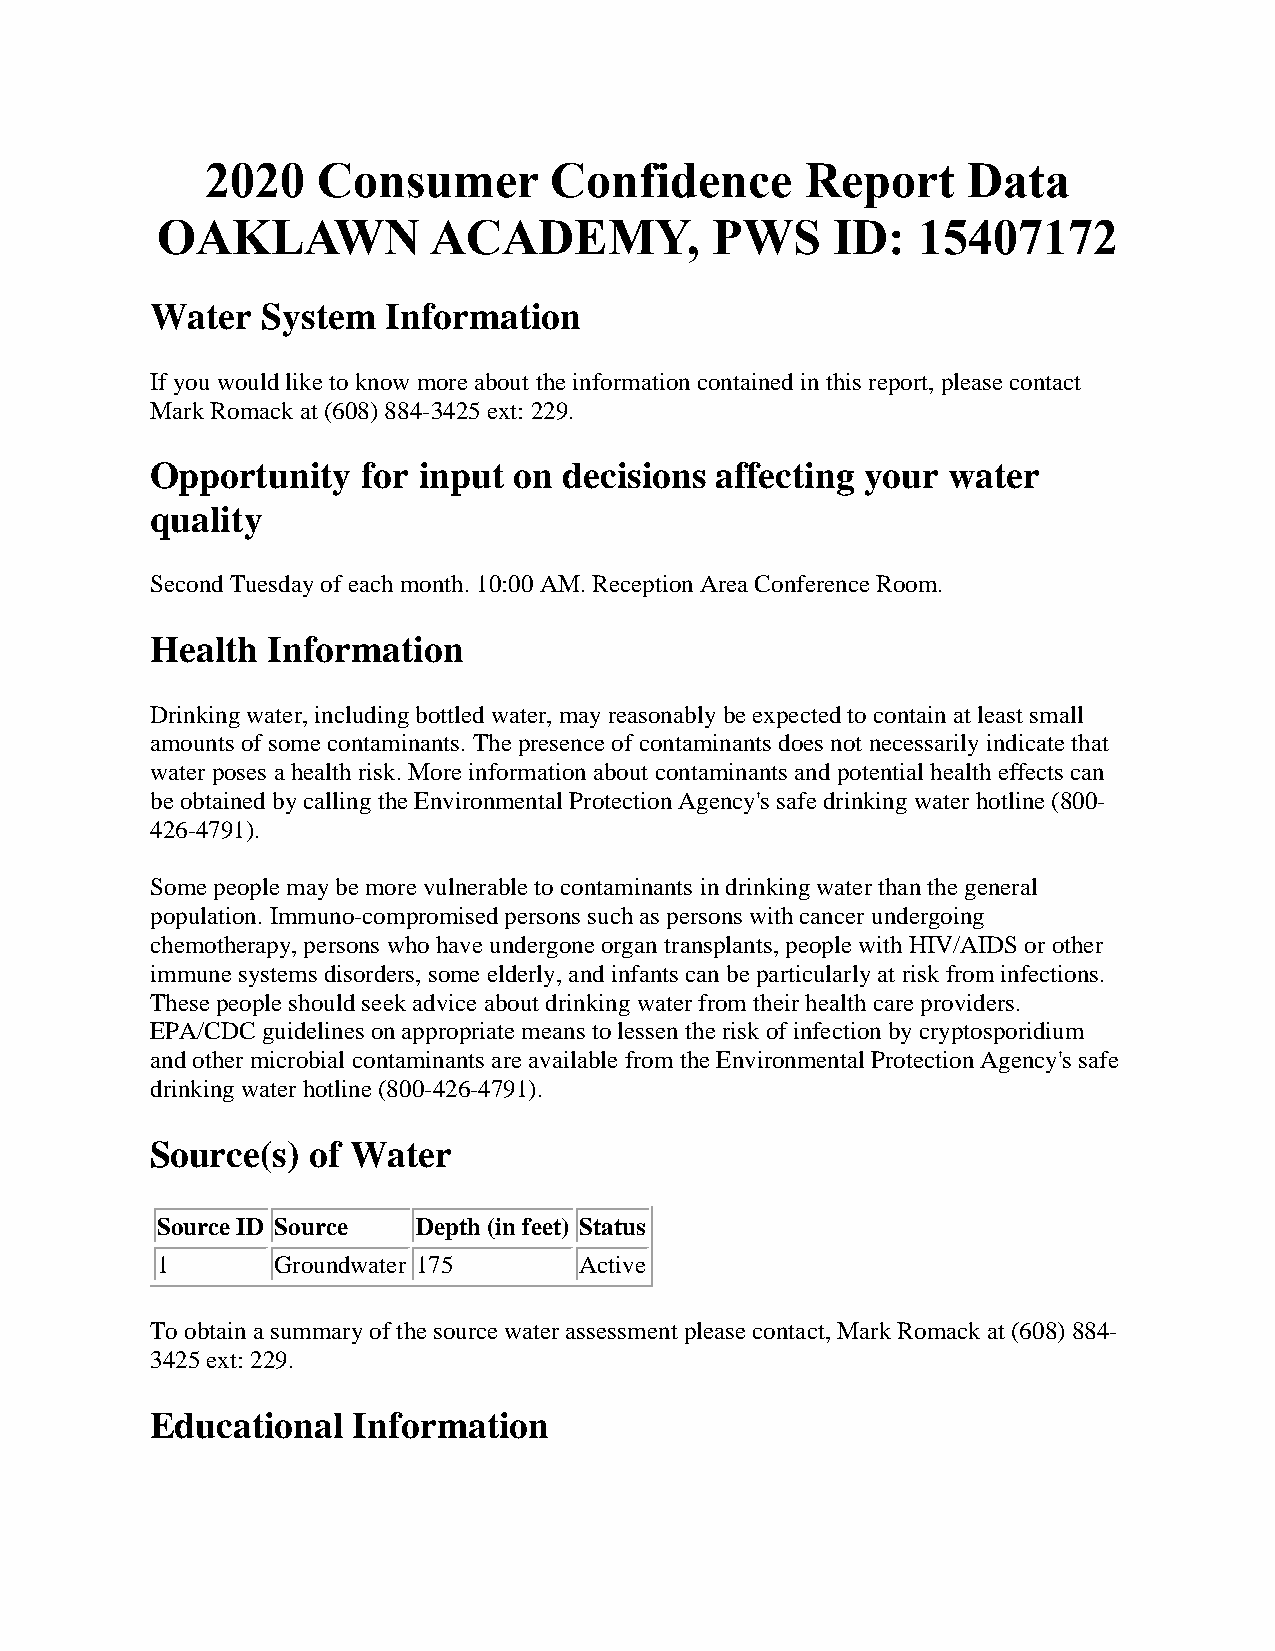
2020   Consumer       Confidence       Report     Data
 OAKLAWN            ACADEMY,          PWS     ID:   15407172
 Water  System   Information
 If you would like to know more about the information contained in this report, please contact
 Mark Romack at (608) 884-3425 ext: 229.
 Opportunity   for input on decisions affecting your  water
 quality
 Second Tuesday of each month. 10:00 AM. Reception Area Conference Room.
 Health  Information
 Drinking water, including bottled water, may reasonably be expected to contain at least small
 amounts of some contaminants. The presence of contaminants does not necessarily indicate that
 water poses a health risk. More information about contaminants and potential health effects can
 be obtained by calling the Environmental Protection Agency's safe drinking water hotline (800-
 426-4791).
 Some people may be more vulnerable to contaminants in drinking water than the general
 population. Immuno-compromised persons such as persons with cancer undergoing
 chemotherapy, persons who have undergone organ transplants, people with HIV/AIDS or other
 immune systems disorders, some elderly, and infants can be particularly at risk from infections.
 These people should seek advice about drinking water from their health care providers.
 EPA/CDC guidelines on appropriate means to lessen the risk of infection by cryptosporidium
 and other microbial contaminants are available from the Environmental Protection Agency's safe
 drinking water hotline (800-426-4791).
 Source(s) of Water
 Source ID Source  Depth (in feet) Status
 1       Groundwater 175     Active
 To obtain a summary of the source water assessment please contact, Mark Romack at (608) 884-
 3425 ext: 229.
 Educational  Information